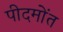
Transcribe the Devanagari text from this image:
पीदमोंत